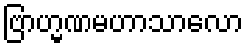
ဗြာဟ္မဏမဟာသာလော